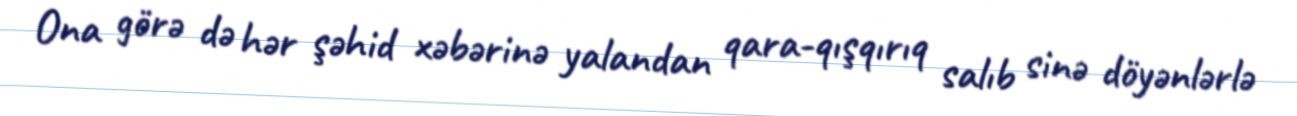
Ona görə də hər şəhid xəbərinə yalandan qara-qışqırıq salıb sinə döyənlərlə